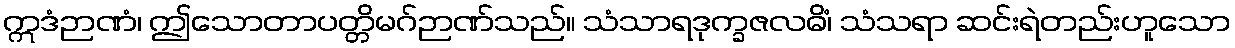
ဣဒံဉာဏံ၊ ဤသောတာပတ္တိမဂ်ဉာဏ်သည်။ သံသာရဒုက္ခဇလဓိံ၊ သံသရာ ဆင်းရဲတည်းဟူသော